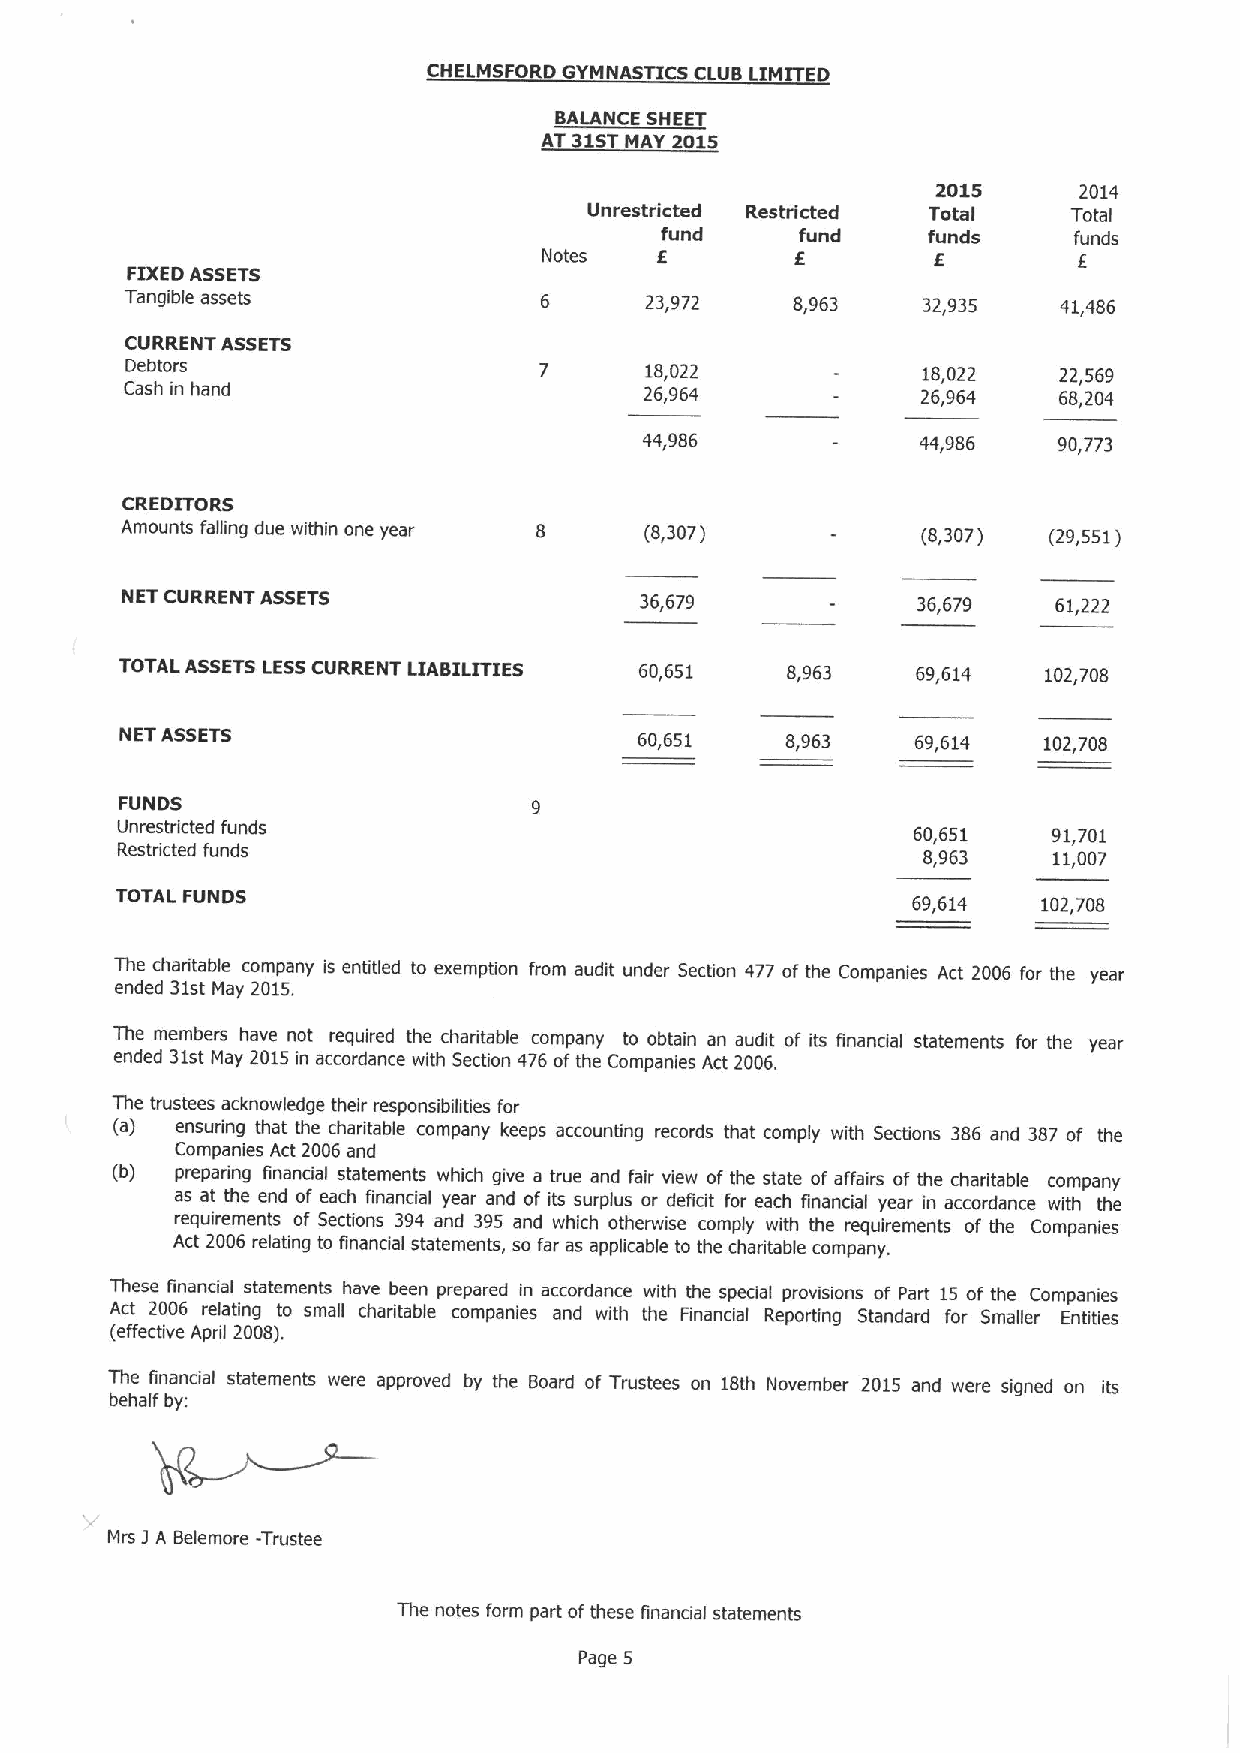
CHELMSFORD GYMNASTICS CLUB LIMITED
 BALANCE SHEET
 AT 31STMAY 2015
 2015     2014
 Unrestricted Restricted Total   Total
 Ifund     fund    funds     funds
 Notes                     E        I
 FIXEDASSETS
 Tangible assets             6      23,972   8,963    32,935   41,486
 CURRENT ASSETS
 Detrtol s                   7      18,022            18,022   22,569
 Cash in hand                       26,964            26,964   68,204
 «,
 986              44,986   90,773
 CREDITORS
 Amounts falling due within one year 8 (8,307)        (8,307) (29,551)
 NET CURRENT ASSETS                36,679             36,679   61,222
 TOTAL ASSETS LESSCURRENT LIABILITIES 60,651 8,963    69,614  102,708
 NET ASSETS                        60,651    8,963    69,614  102,708
 FUNDS
 Unrestricted funds                                  60,651    91,701
 Restricted funds                                     8,963    11,007
 TOTAL FUNDS                                         69,614   102,708
 The charitable company is entitled to exemption from audit under Section 477 ofthe Companies Act 2006 for the year
 ended 31st May 2015.
 The members have not required the charitable company to obtain an audit of its financial statements for the year
 ended 31stMay 2015in accordance with Section 476 ofthe Companies Act 2006.
 The trustees acknowledge their responsibilities for
 (a)  ensuring that the charitable company keeps accounting records that comply with Sections 386 and 387 of the
 Companies Act 2006 and
 (b)  preparing financial statements which give a true and fair view of the state of affairs of the charitable company
 as at the end of each financial year and of its surplus or deficit for each financial year in accordance with the
 requirements of Sections 394 and 395 and which otherwise comply with the requirements of the Companies
 Act 2006 relating to financial statements, so far as applicable to the charitable company.
 These financial statements have been prepared in accordance with the special provisions of Part 15 of the Companies
 Act 2006 relating to small charitable companies and with the Financial Reporting Standard for Smaller Entities
 (effective April 2008).
 The financial statements were approved by the Board of Trustees on 18th November 2015 and were signed on its
 behalf by:
 Mrs 1A Beiemore -Trustee
 The notes form part ofthese financial statements
 Page 5